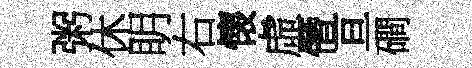
粥休眀右懐虛僭亘磵